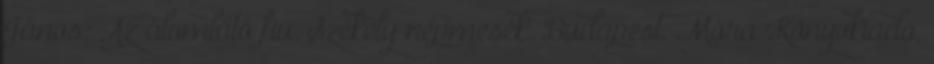
János: Az álomlátó fiú. Székely népmesék. Budapest, Móra Könyvkiadó,